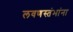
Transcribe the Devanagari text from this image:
लवणस्तंभांना